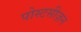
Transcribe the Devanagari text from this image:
पोस्टसीज़न